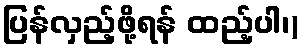
ပြန်လှည့်ဖို့ရန် ထည့်ပါ၊)